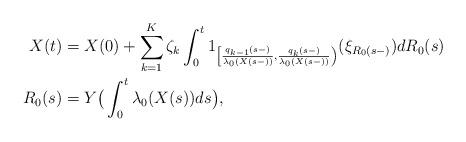
LaTeX: \begin{align*} X(t) &= X(0) + \sum_{k=1}^K \zeta_k \int_0^t 1_{ \left[ \frac{q_{k-1}(s-)}{\lambda_0(X(s-))}, \frac{q_{k}(s-) }{\lambda_0(X(s-))} \right)}( \xi_{R_0(s-)})dR_0(s) \\R_0(s) &= Y\big( \int_0^t \lambda_0(X(s)) ds\big), \end{align*}